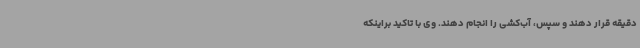
دقیقه قرار دهند و سپس، آب‌کشی را انجام دهند. وی با تاکید براینکه